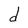
Character: d